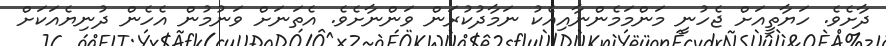
ދާށެވެ. ހަޔާތީއަށް ޖެހުނީ މަންމަމެންނާއިއެކު ނަމާދުކުރަން ވަންނާށެވެ. އެތަނަށް ވަނުމުން އެހެން ދުނިޔެއަކަށް